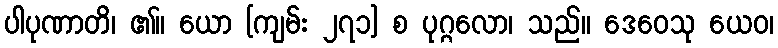
ပါပုဏာတိ၊ ၏။ ယော [ကျမ်း ၂၇၁] စ ပုဂ္ဂလော၊ သည်။ ဒေဝေသု ယေဝ၊